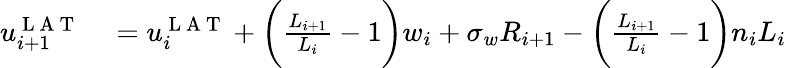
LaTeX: \begin{array}{rl}{u_{i+1}^{\mathrm{~L~A~T~}}}&{{}=u_{i}^{\mathrm{~L~A~T~}}+\bigg(\frac{L_{i+1}}{L_{i}}-1\bigg)w_{i}+\sigma_{w}R_{i+1}-\bigg(\frac{L_{i+1}}{L_{i}}-1\bigg)n_{i}L_{i}}\end{array}